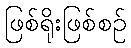
ဖြစ်ရိုးဖြစ်စဉ်